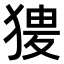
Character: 𤟺